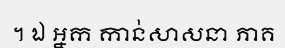
។ ឯ អ្នក កាន់សាសនា ភាគ